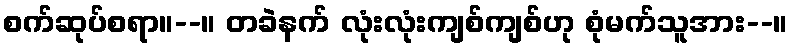
စက်ဆုပ်စရာ။--။ တခဲနက် လုံးလုံးကျစ်ကျစ်ဟု စုံမက်သူအား--။